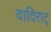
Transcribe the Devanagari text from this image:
वादिराट्